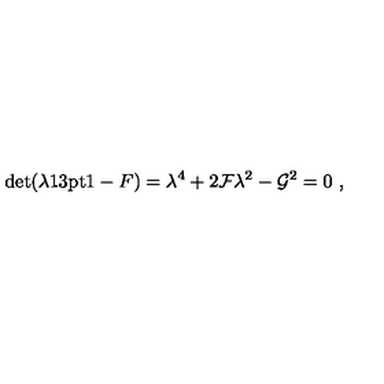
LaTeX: \det ( \lambda { \leavevmode \mathrm { \small 1 \kern - 3 . 3 p t \normalsize 1 } } - F ) = \lambda ^ { 4 } + 2 { \cal F } \lambda ^ { 2 } - { \cal G } ^ { 2 } = 0 \ ,